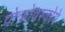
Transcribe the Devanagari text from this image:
पोक्रोवस्कोये